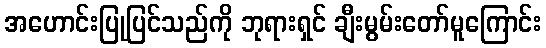
အဟောင်းပြုပြင်သည်ကို ဘုရားရှင် ချီးမွမ်းတော်မူကြောင်း